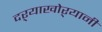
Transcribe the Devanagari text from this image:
दऱ्याखोऱ्यानी